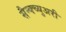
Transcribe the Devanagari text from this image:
सैन्क्च्युअरी